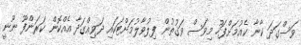
ވަސްގަދަ ކާނާ ކެއުމަށްފަހު މިވަސް ވަގުތުން ފިލުވާލުމަށްޓަކަައި ދަވިއްގަދާ އެއްކޮން ކަރަންފޫ ނޫނީ